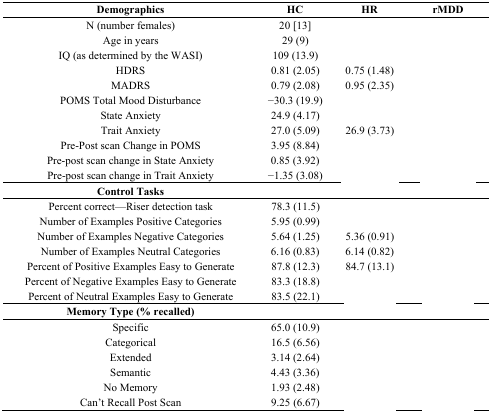
<table><thead><tr><td><b>Demographics</b></td><td><b>HC</b></td><td><b>HR</b></td><td><b>rMDD</b></td></tr></thead><tbody><tr><td>N (number females)</td><td>20 [13]</td><td>[EMPTY_CELL]</td><td>[EMPTY_CELL]</td></tr><tr><td>Age in years</td><td>29 (9)</td><td>[EMPTY_CELL]</td><td>[EMPTY_CELL]</td></tr><tr><td>IQ (as determined by the WASI)</td><td>109 (13.9)</td><td>[EMPTY_CELL]</td><td>[EMPTY_CELL]</td></tr><tr><td>HDRS</td><td>0.81 (2.05)</td><td>0.75 (1.48)</td><td>[EMPTY_CELL]</td></tr><tr><td>MADRS</td><td>0.79 (2.08)</td><td>0.95 (2.35)</td><td>[EMPTY_CELL]</td></tr><tr><td>POMS Total Mood Disturbance</td><td>−30.3 (19.9)</td><td>[EMPTY_CELL]</td><td>[EMPTY_CELL]</td></tr><tr><td>State Anxiety</td><td>24.9 (4.17)</td><td>[EMPTY_CELL]</td><td>[EMPTY_CELL]</td></tr><tr><td>Trait Anxiety</td><td>27.0 (5.09)</td><td>26.9 (3.73)</td><td>[EMPTY_CELL]</td></tr><tr><td>Pre-Post scan Change in POMS</td><td>3.95 (8.84)</td><td>[EMPTY_CELL]</td><td>[EMPTY_CELL]</td></tr><tr><td>Pre-post scan change in State Anxiety</td><td>0.85 (3.92)</td><td>[EMPTY_CELL]</td><td>[EMPTY_CELL]</td></tr><tr><td>Pre-post scan change in Trait Anxiety</td><td>−1.35 (3.08)</td><td>[EMPTY_CELL]</td><td>[EMPTY_CELL]</td></tr><tr><td><b>Control Tasks</b></td><td>[EMPTY_CELL]</td><td>[EMPTY_CELL]</td><td>[EMPTY_CELL]</td></tr><tr><td>Percent correct—Riser detection task</td><td>78.3 (11.5)</td><td>[EMPTY_CELL]</td><td>[EMPTY_CELL]</td></tr><tr><td>Number of Examples Positive Categories</td><td>5.95 (0.99)</td><td>[EMPTY_CELL]</td><td>[EMPTY_CELL]</td></tr><tr><td>Number of Examples Negative Categories</td><td>5.64 (1.25)</td><td>5.36 (0.91)</td><td>[EMPTY_CELL]</td></tr><tr><td>Number of Examples Neutral Categories</td><td>6.16 (0.83)</td><td>6.14 (0.82)</td><td>[EMPTY_CELL]</td></tr><tr><td>Percent of Positive Examples Easy to Generate</td><td>87.8 (12.3)</td><td>84.7 (13.1)</td><td>[EMPTY_CELL]</td></tr><tr><td>Percent of Negative Examples Easy to Generate</td><td>83.3 (18.8)</td><td>[EMPTY_CELL]</td><td>[EMPTY_CELL]</td></tr><tr><td>Percent of Neutral Examples Easy to Generate</td><td>83.5 (22.1)</td><td>[EMPTY_CELL]</td><td>[EMPTY_CELL]</td></tr><tr><td><b>Memory Type (% recalled)</b></td><td>[EMPTY_CELL]</td><td>[EMPTY_CELL]</td><td>[EMPTY_CELL]</td></tr><tr><td>Specific</td><td>65.0 (10.9)</td><td>[EMPTY_CELL]</td><td>[EMPTY_CELL]</td></tr><tr><td>Categorical</td><td>16.5 (6.56)</td><td>[EMPTY_CELL]</td><td>[EMPTY_CELL]</td></tr><tr><td>Extended</td><td>3.14 (2.64)</td><td>[EMPTY_CELL]</td><td>[EMPTY_CELL]</td></tr><tr><td>Semantic</td><td>4.43 (3.36)</td><td>[EMPTY_CELL]</td><td>[EMPTY_CELL]</td></tr><tr><td>No Memory</td><td>1.93 (2.48)</td><td>[EMPTY_CELL]</td><td>[EMPTY_CELL]</td></tr><tr><td>Can’t Recall Post Scan</td><td>9.25 (6.67)</td><td>[EMPTY_CELL]</td><td>[EMPTY_CELL]</td></tr></tbody></table>